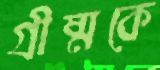
গ্রীষ্মকে